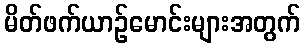
မိတ်ဖက်ယာဉ်မောင်းများအတွက်